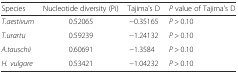
| Species | Nucleotide diversity (Pi) | Tajima's D | P value of Tajima's D |
 | --- | --- | --- | --- |
 | T.aestivum | 0.52065 | −0.35165 | P > 0.10 |
 | T.urartu | 0.59239 | −1.24132 | P > 0.10 |
 | A.tauschii | 0.60691 | −1.3584 | P > 0.10 |
 | H. vulgare | 0.53421 | −1.04232 | P > 0.10 |